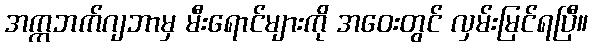
အက္ကဘက်ဂျဘာမှ မီးရောင်များကို အဝေးတွင် လှမ်းမြင်ရပြီ။